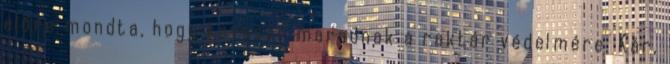
előre mondta, hogy kevesen maradnak a raktár védelmére. Kár,